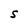
Character: S